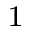
^ 1